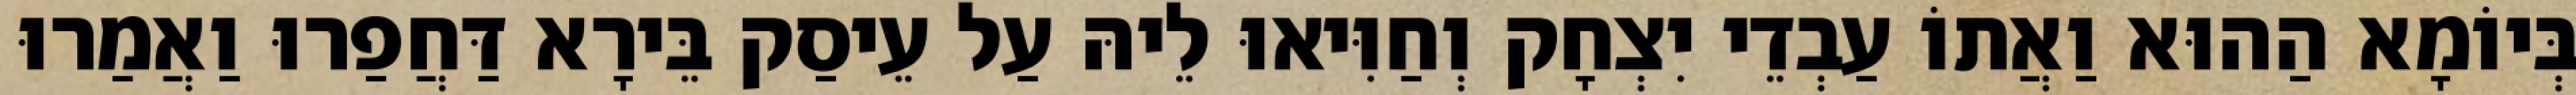
בְּיוֹמָא הַהוּא וַאֲתוֹ עַבְדֵי יִצְחָק וְחַוִּיאוּ לֵיהּ עַל עֵיסַק בֵּירָא דַּחֲפַרוּ וַאֲמַרוּ